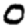
Digit: 0